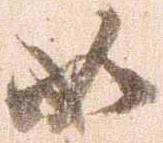
如